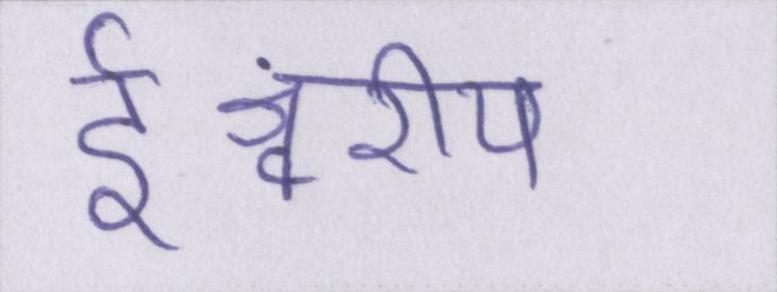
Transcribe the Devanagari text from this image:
ईश्वरीय